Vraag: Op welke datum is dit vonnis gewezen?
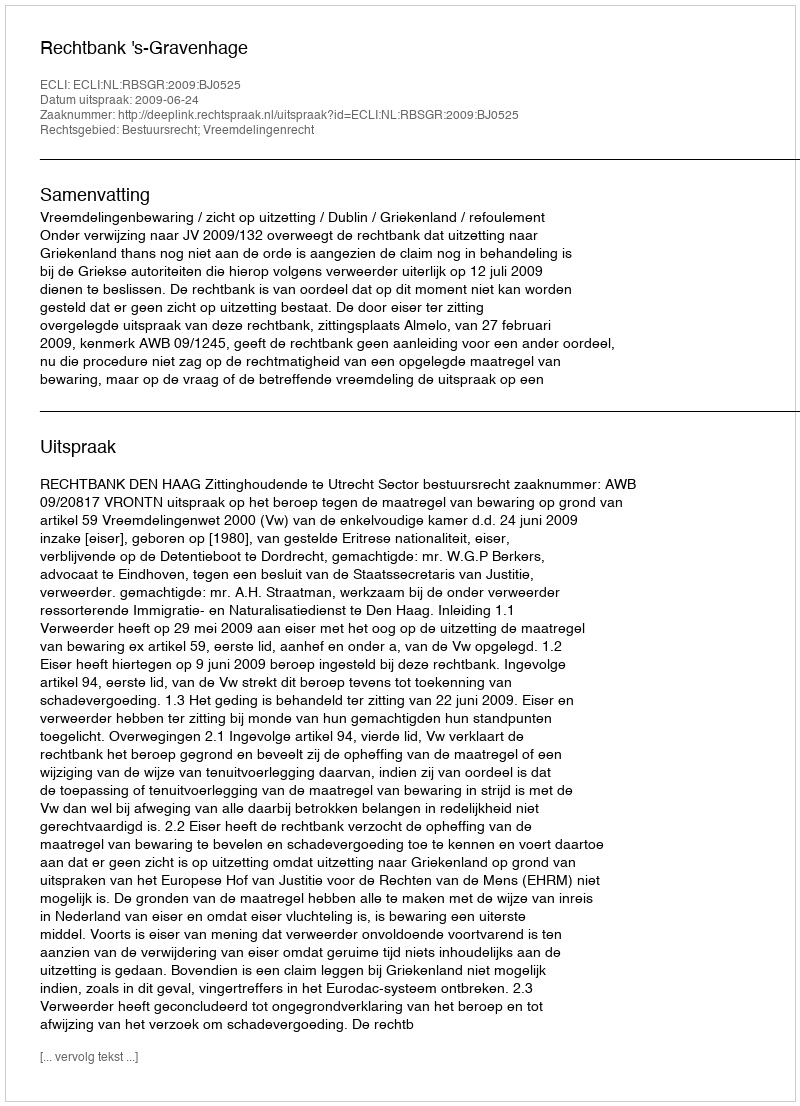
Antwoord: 2009-06-24